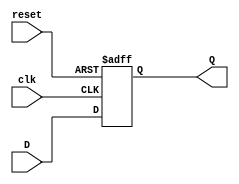
`timescale 1ns / 1ps
//////////////////////////////////////////////////////////////////////////////////
// Company: 
// Engineer: 
// 
// Design Name: 
// Module Name: D_ff
// Project Name: 
// Target Devices: 
// Tool Versions: 
// Description: 
// 
// Dependencies: 
// 
// Revision:
// Revision 0.01 - File Created
// Additional Comments:
// 
//////////////////////////////////////////////////////////////////////////////////


module D_ff(
    input clk,
    input reset,
    input [31:0] D,
    output reg [31:0] Q
    );
    
    always @(posedge clk or negedge reset)
    begin
        if (!reset)
        begin
            Q <= 0;
        end
        else
        begin
            Q <= D;
        end
    end
endmodule